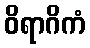
ဝိရာဂိကံ